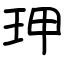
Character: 玾